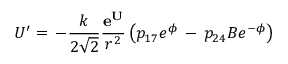
U ^ { \prime } = \, - \frac { k } { 2 \sqrt { 2 } } \frac { { \bf e ^ { U } } } { r ^ { 2 } } \left( p _ { 1 7 } e ^ { \phi } \, - \, p _ { 2 4 } B e ^ { - \phi } \right)